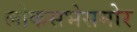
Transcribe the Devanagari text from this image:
लोकसभेसमोर